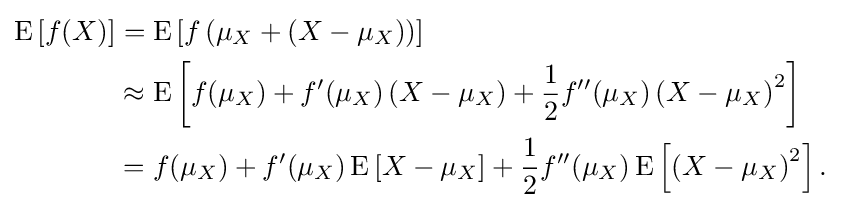
{\begin{aligned}\operatorname {E} \left[f(X)\right]&{}=\operatorname {E} \left[f\left(\mu _{X}+\left(X-\mu _{X}\right)\right)\right]\\&{}\approx \operatorname {E} \left[f(\mu _{X})+f'(\mu _{X})\left(X-\mu _{X}\right)+{\frac {1}{2}}f''(\mu _{X})\left(X-\mu _{X}\right)^{2}\right]\\&{}=f(\mu _{X})+f'(\mu _{X})\operatorname {E} \left[X-\mu _{X}\right]+{\frac {1}{2}}f''(\mu _{X})\operatorname {E} \left[\left(X-\mu _{X}\right)^{2}\right].\end{aligned}}